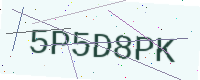
Text: 5P5D8PK